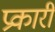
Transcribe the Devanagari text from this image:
प्रकारी